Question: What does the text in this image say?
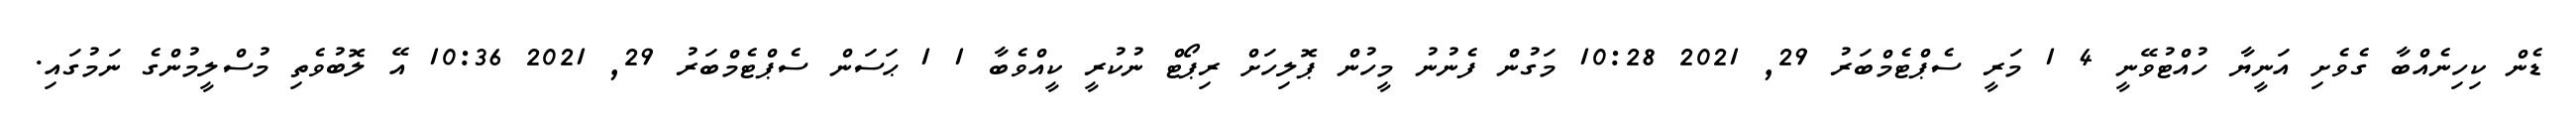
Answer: ޑެން ކިހިނެއްބާ ގެވެށި އަނީޔާ ހުއްޓުވޭނީ 4 1 މަރީ ސެޕްޓެމްބަރު 29, 2021 10:28 މަގުން ފެނުނު މީހުން ޕޮލިހަށް ރިޕޯޓް ނުކުރީ ކީއްވެބާ 1 1 ޙަސަން ސެޕްޓެމްބަރު 29, 2021 10:36 އޭ ލޮބުވެތި މުސްލީމުންގެ ނަމުގައި.